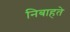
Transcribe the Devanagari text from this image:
निबाहते